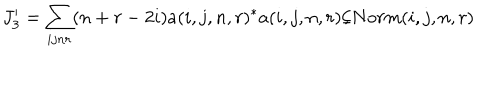
J _ { 3 } ^ { \prime } = \sum _ { i j n r } ( n + r - 2 i ) a ( i , j , n , r ) ^ { * } a ( i , j , n , r ) / N o r m ( i , j , n , r )